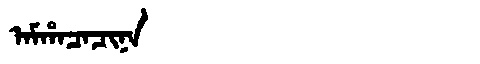
Manchu: ᠠᠮᡥᠠᠴᠠᠴᡳᠨᠠ
Romanization: AMHACACINA